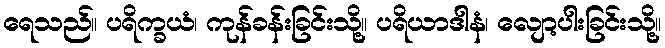
ရေသည်။ ပရိက္ခယံ၊ ကုန်ခန်းခြင်းသို့။ ပရိယာဒါနံ၊ လျော့ပါးခြင်းသို့။